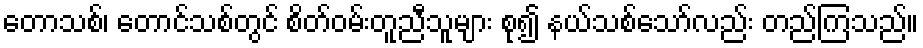
တောသစ်၊ တောင်သစ်တွင် စိတ်ဝမ်းတူညီသူများ စု၍ နယ်သစ်သော်လည်း တည်ကြသည်။